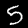
Label: 5